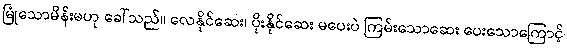
မြုံသောမိန်းမဟု ခေါ်သည်။ လေနိုင်ဆေး၊ ပိုးနိုင်ဆေး မပေးပဲ ကြမ်းသောဆေး ပေးသောကြောင့်